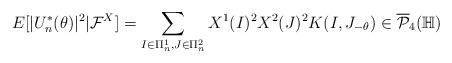
LaTeX: \begin{align*}E[|U^*_n(\theta)|^2|\mathcal{F}^X]=\sum_{I\in\Pi^1_n,J\in\Pi^2_n}X^1(I)^2X^2(J)^2K(I,J_{-\theta})\in\overline{\mathcal{P}}_4(\mathbb{H})\end{align*}